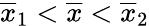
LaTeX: \overline{{x}}_{1}<\overline{{x}}<\overline{{x}}_{2}